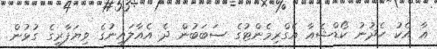
އާ އެކު ހެދުނު ކޯޑްޝެއާ އެގްރިމެންޓުގެ ސަބަބުން ދެ އެއާލައިނުގެ ވިޔަފާރީގެ ގުޅުން